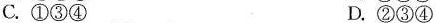
C. ①③④ D. ②③④